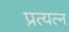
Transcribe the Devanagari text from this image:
प्रत्यत्न